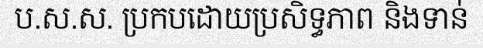
ប.ស.ស. ប្រកបដោយប្រសិទ្ធភាព និងទាន់